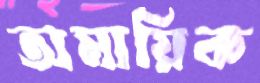
অমায়িক